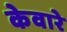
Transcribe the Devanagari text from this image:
केवारे